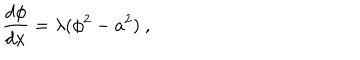
\frac { d \phi } { d x } = \lambda ( \phi ^ { 2 } - a ^ { 2 } ) ~ ,